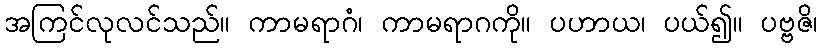
အကြင်လုလင်သည်။ ကာမရာဂံ၊ ကာမရာဂကို။ ပဟာယ၊ ပယ်၍။ ပဗ္ဗဇိ၊